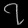
Digit: ၇